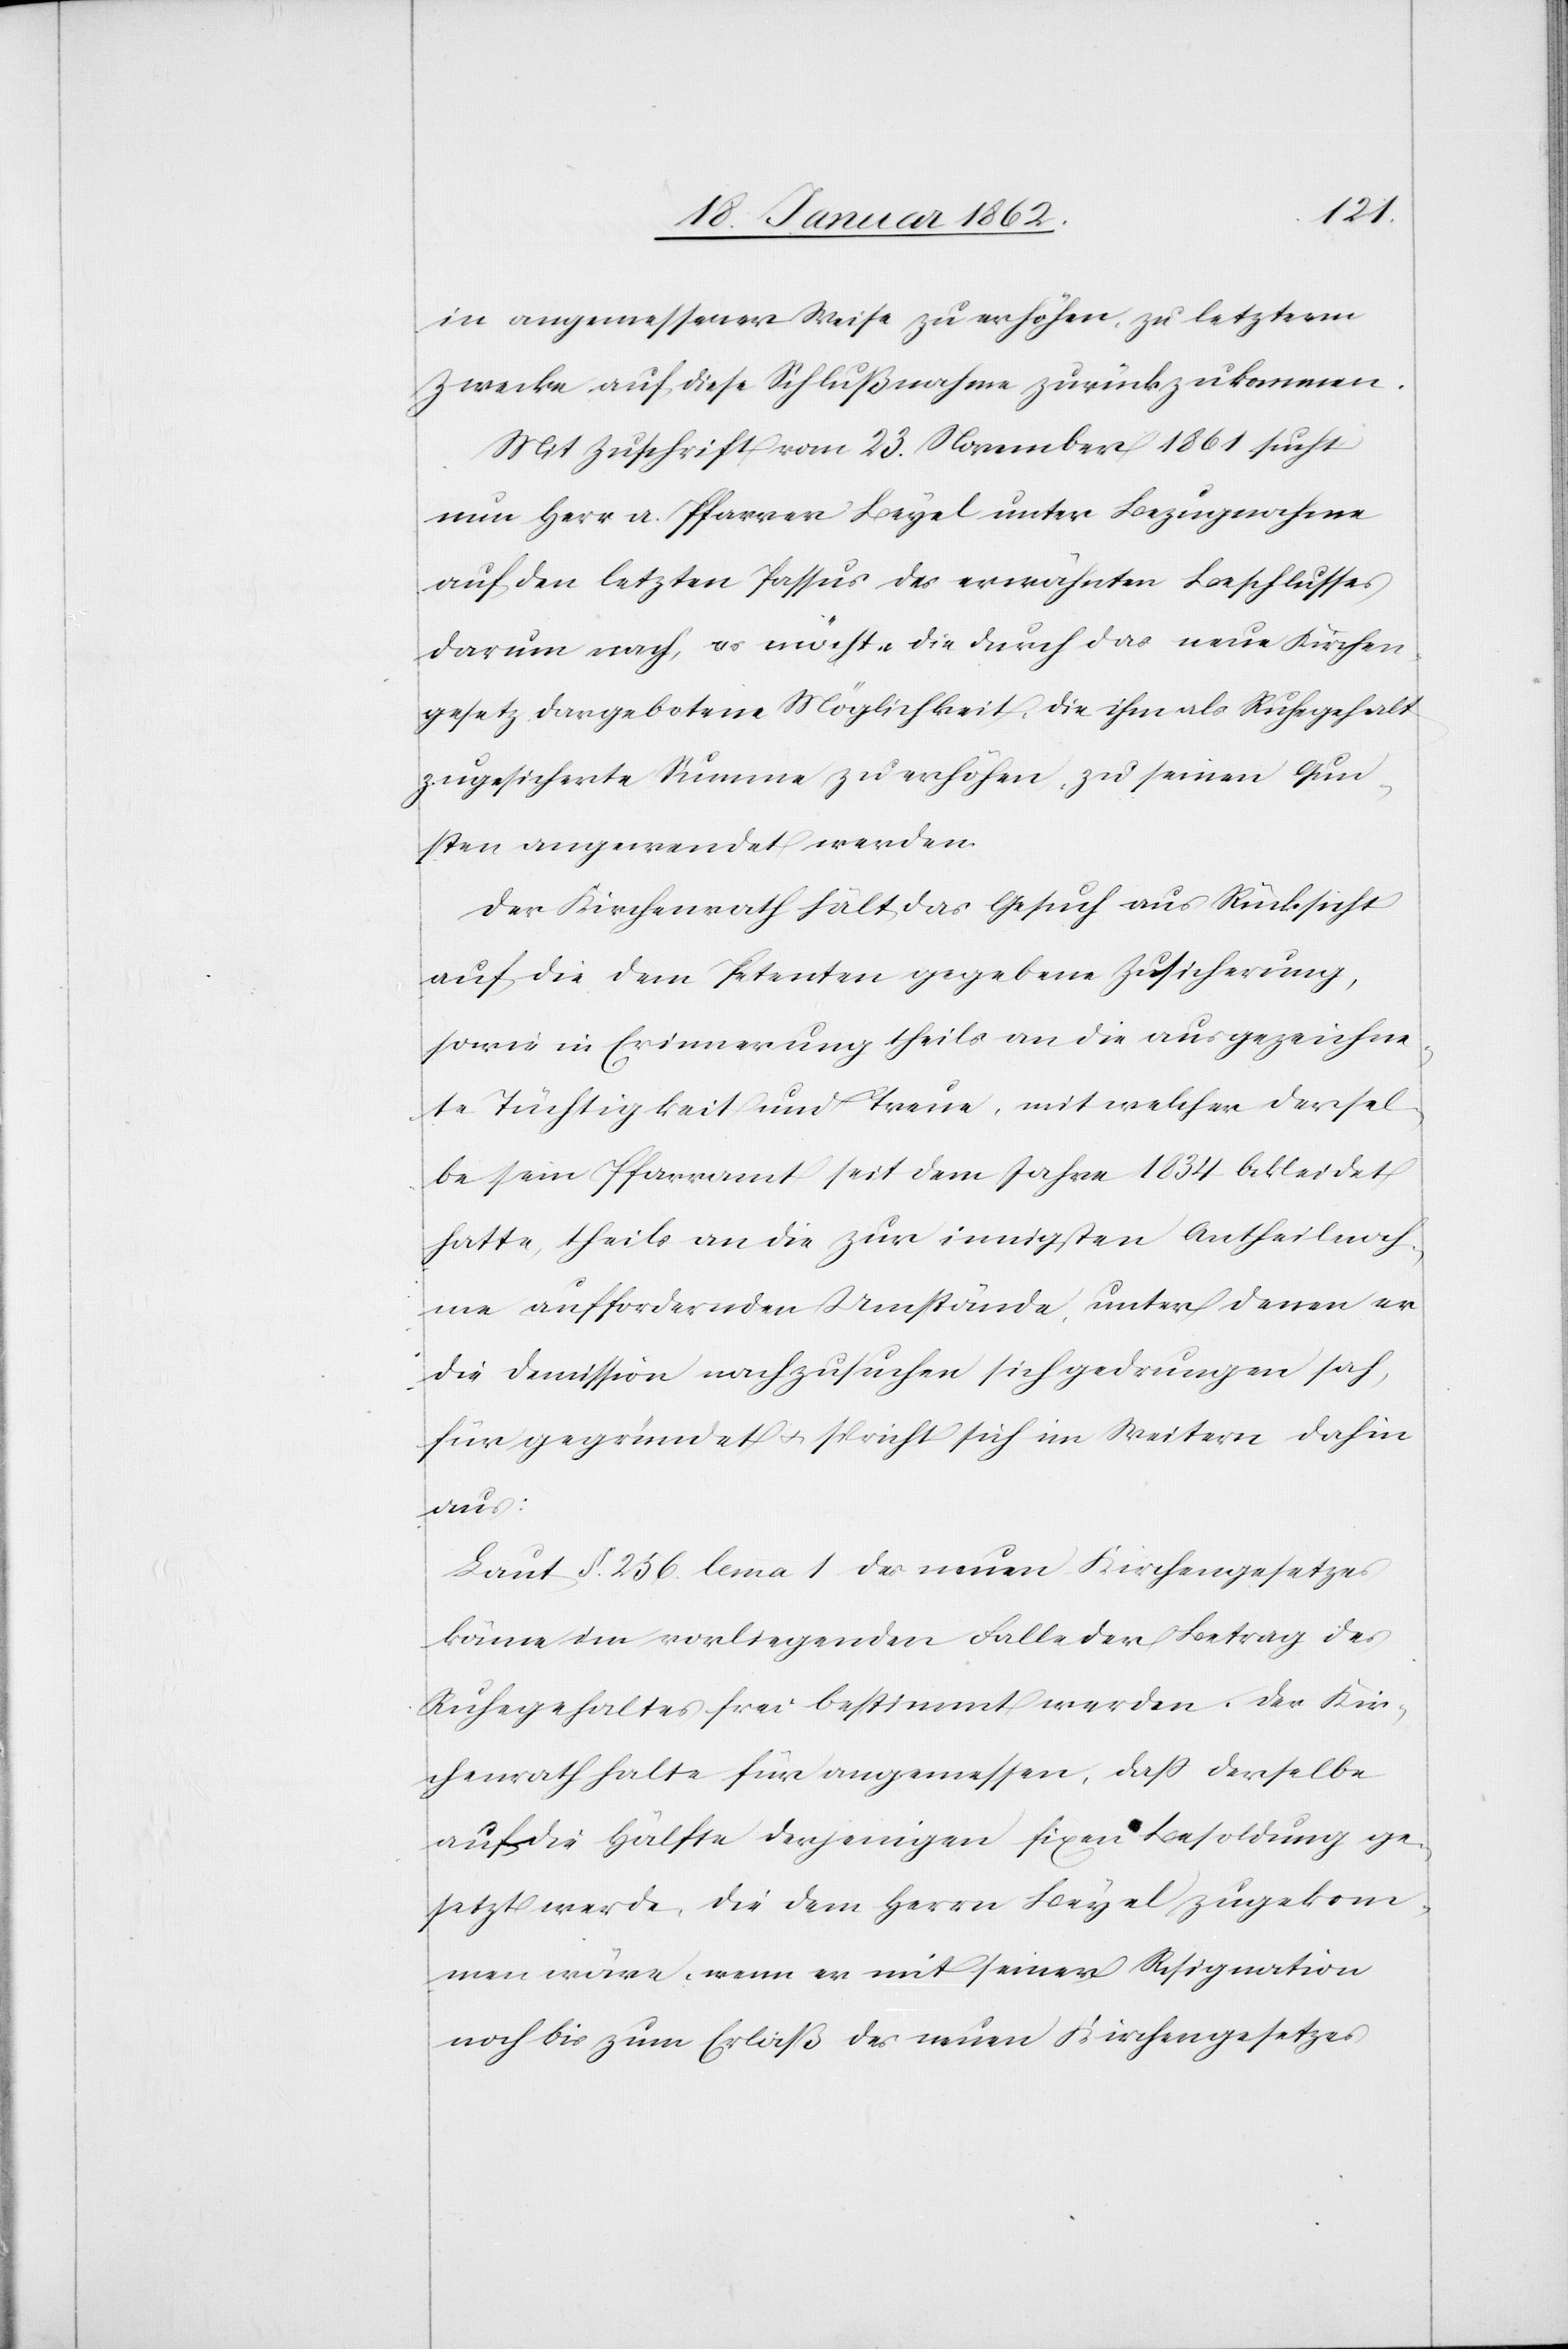
in angemessener Weise zu erhöhen, zu letzterm
Zwecke auf diese Schlußnahme zurückzukommen.
Mit Zuschrift vom 23. November 1861 sucht
nun Herr a. Pfarrer Beyel unter Bezugnahme
auf den letzten Passus des erwähnten Beschlusses
darum nach, es möchte die durch das neue Kirchen¬
gesetz dargebotene Möglichkeit, die ihm als Ruhegehalt
zugesicherte Summe zu erhöhen, zu seinen Gun¬
sten angewendet werden.
Der Kirchenrath hält das Gesuch aus Rücksicht
auf die dem Petenten gegebene Zusicherung,
sowie in Erinnerung theils an die ausgezeichne¬
te Thätigkeit und Treue, mit welcher dersel¬
be sein Pfarramt seit dem Jahre 1834 bekleidet
hatte, theils an die zur innigsten Antheilnah¬
me auffordernden Umstände, unter denen er
die Demission nachzusuchen sich gedrungen sah,
für gegründet u. spricht sich im Weitern dahin
aus:
Laut §. 256 lemma 1 des neuen Kirchengesetzes
könne im vorliegenden Falle der Betrag des
Ruhegehaltes frei bestimmt werden. Der Kir¬
chenrath halte für angemessen, daß derselbe
auf die Hälfte derjenigen fixen Besoldung ge¬
setzt werde, die dem Herrn Beyel zugekom¬
men wäre, wenn er mit seiner Resignation
noch bis zum Erlaß des neuen Kirchengesetzes